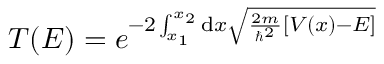
T ( E ) = e ^ { - 2 \int _ { x _ { 1 } } ^ { x _ { 2 } } \mathrm { d } x { \sqrt { { \frac { 2 m } { \hbar ^ { 2 } } } \left[ V ( x ) - E \right] } } }